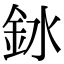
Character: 𫒎